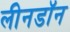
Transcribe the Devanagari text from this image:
लीनडॉन